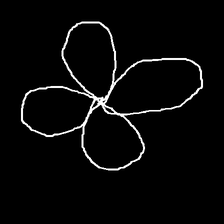
Glyph: billowing